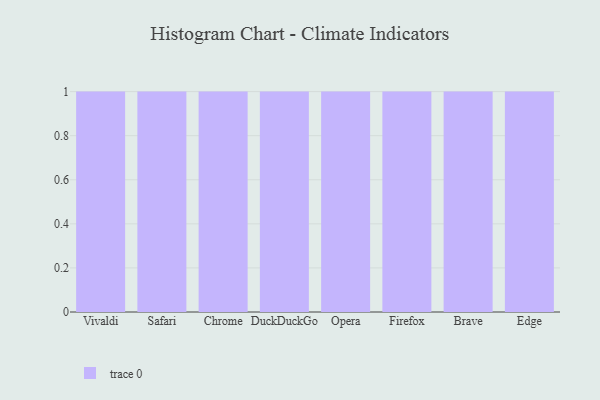
{"axis": {"x": "Browser", "y": "Shipments"}, "legend": [""], "data": [{"x": "Vivaldi", "y": 79, "type": ""}, {"x": "Safari", "y": 100, "type": ""}, {"x": "Chrome", "y": 64, "type": ""}, {"x": "DuckDuckGo", "y": 80, "type": ""}, {"x": "Opera", "y": 70, "type": ""}, {"x": "Firefox", "y": 20, "type": ""}, {"x": "Brave", "y": 46, "type": ""}, {"x": "Edge", "y": 33, "type": ""}]}